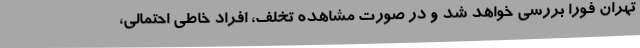
تهران فوراً بررسی خواهد شد و در صورت مشاهده تخلف، افراد خاطی احتمالی،